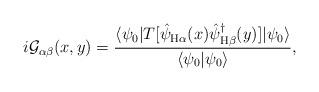
LaTeX: \begin{align*}i\mathcal{G}_{\alpha \beta}(x,y)= \frac{\langle\psi_{0}|T[\hat{\psi}_{\mathrm{H}\alpha}(x)\hat{\psi}_{\mathrm{H}\beta}^{\dagger}(y)]|\psi_{0}\rangle}{\langle\psi_{0}|\psi_{0}\rangle},\end{align*}